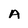
Character: A